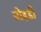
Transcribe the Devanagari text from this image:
बोइडी